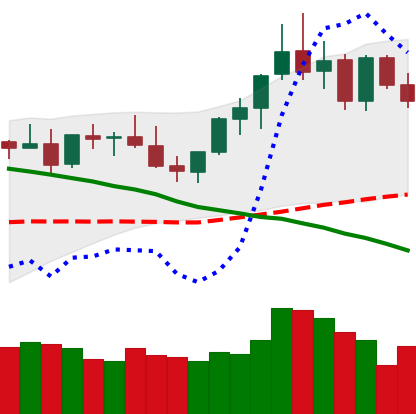
Ticker: XMR-USD
Chart end date: 2021-08-29
Forward return: 4.189%
Label: up_3_5